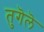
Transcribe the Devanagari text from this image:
तुगॆलॆ